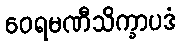
ဝေရမဏီသိက္ခာပဒံ